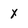
Character: x